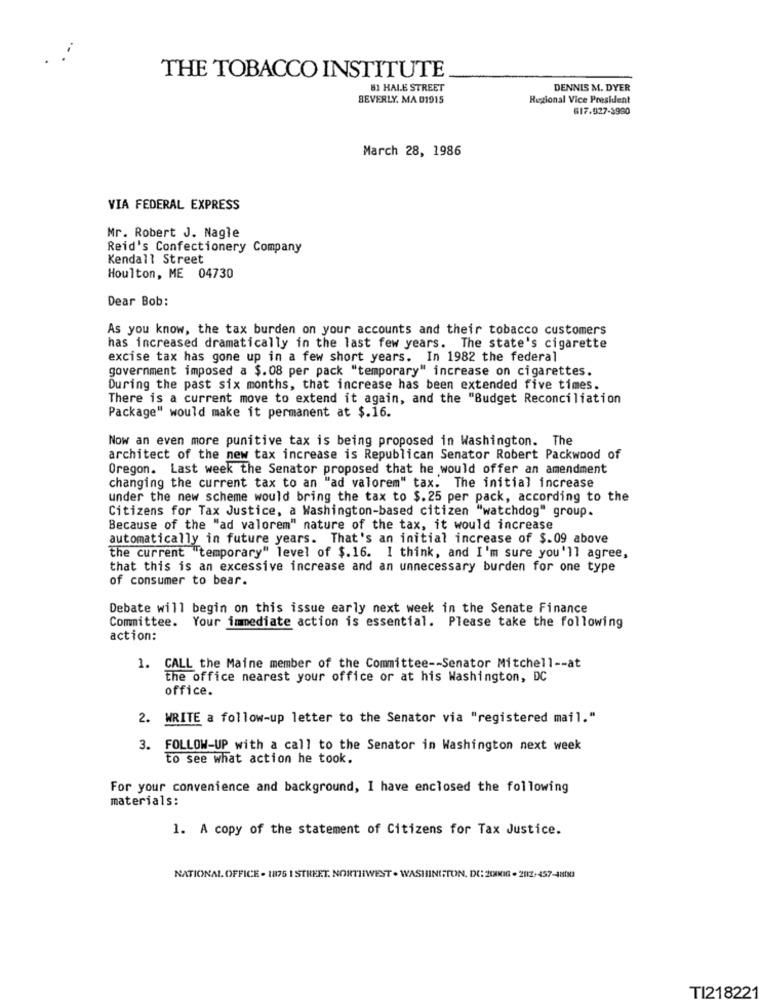
.:
THE TOBACCO INSTITUTE
81 HALE STREET
DENNIS M. DYER
BEVERLY. MA 01915
Regional Vice President
617.927-3990
March 28, 1986
VIA FEDERAL EXPRESS
Mr. Robert J. Nagle
Reid's Confectionery Company
Kendall Street
Houlton, ME 04730
Dear Bob:
As you know, the tax burden on your accounts and their tobacco customers
has increased dramatically in the last few years. The state's cigarette
excise tax has gone up in a few short years. In 1982 the federal
government imposed a $.08 per pack "temporary" increase on cigarettes.
During the past six months, that increase has been extended five times.
There is a current move to extend it again, and the "Budget Reconciliation
Package" would make it permanent at $.16.
Now an even more punitive tax is being proposed in Washington. The
architect of the new tax increase is Republican Senator Robert Packwood of
Oregon. Last week the Senator proposed that he would offer an amendment
changing the current tax to an "ad valorem" tax. The initial increase
under the new scheme would bring the tax to $. 25 per pack, according to the
Citizens for Tax Justice, a Washington-based citizen "watchdog" group.
Because of the "ad valorem" nature of the tax, it would increase
automatically in future years. That's an initial increase of $.09 above
the current "temporary" level of $.16. I think, and I'm sure you'll agree,
that this is an excessive increase and an unnecessary burden for one type
of consumer to bear.
Debate will begin on this issue early next week in the Senate Finance
Committee. Your immediate action is essential. Please take the following
action:
1. CALL the Maine member of the Committee -- Senator Mitchell -- at
the office nearest your office or at his Washington, DC
office.
2. WRITE a follow-up letter to the Senator via "registered mail."
3. FOLLOW-UP with a call to the Senator in Washington next week
to see what action he took.
For your convenience and background, I have enclosed the following
materials:
1. A copy of the statement of Citizens for Tax Justice.
NATIONAL OFFICE - 1875 1 STREET. NORTHWEST . WASHINGTON, DC: 2(MIG - 2812-457-4800
TI218221